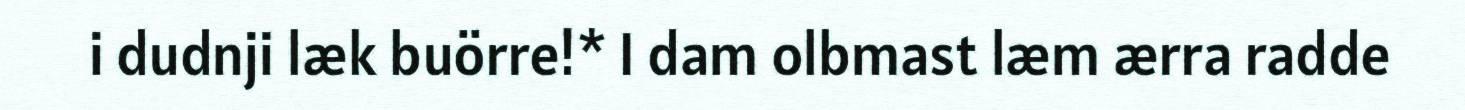
i dudnji læk buörre!* I dam olbmast læm ærra radde